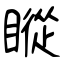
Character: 瞛